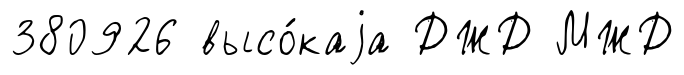
380926 высо́каjа ДЖД МЖД